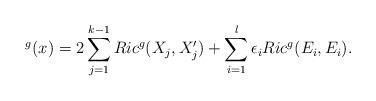
LaTeX: \begin{align*}^g(x)=2 \sum_{j=1}^{k-1}Ric^g(X_j,X'_j) + \sum_{i=1}^l\epsilon_i Ric^g(E_i,E_i). \end{align*}